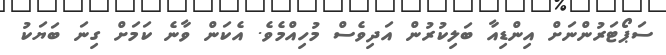
ސަޕޯޓަރުންނަށް އިންޑިއާ ބަލިކުރުން އަދިވެސް މުހިއްމެވެ. އެކަން ވާނެ ކަމަށް ގިނަ ބަޔަކު